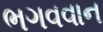
ભગવવાન